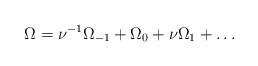
LaTeX: \begin{align*} \Omega = \nu^{-1} \Omega_{-1} + \Omega_0 + \nu \Omega_1 + \ldots\end{align*}